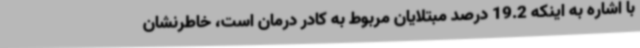
با اشاره به اینکه 19.2 درصد مبتلایان مربوط به کادر درمان است، خاطرنشان